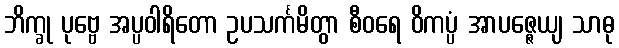
ဘိက္ခု ပုဗ္ဗေ အပ္ပဝါရိတော ဥပသင်္ကမိတွာ စီဝရေ ဝိကပ္ပံ အာပဇ္ဇေယျ သာဓု